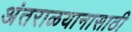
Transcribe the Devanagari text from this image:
अंतराळयानासाठी